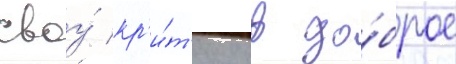
своу́ кр'и́т'ику в до́брое